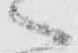
へ